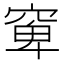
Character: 𱷈